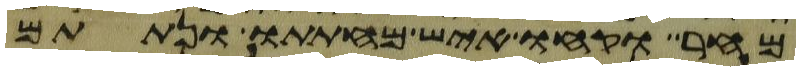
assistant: מחר וקחו איש מחתתו ונתתם